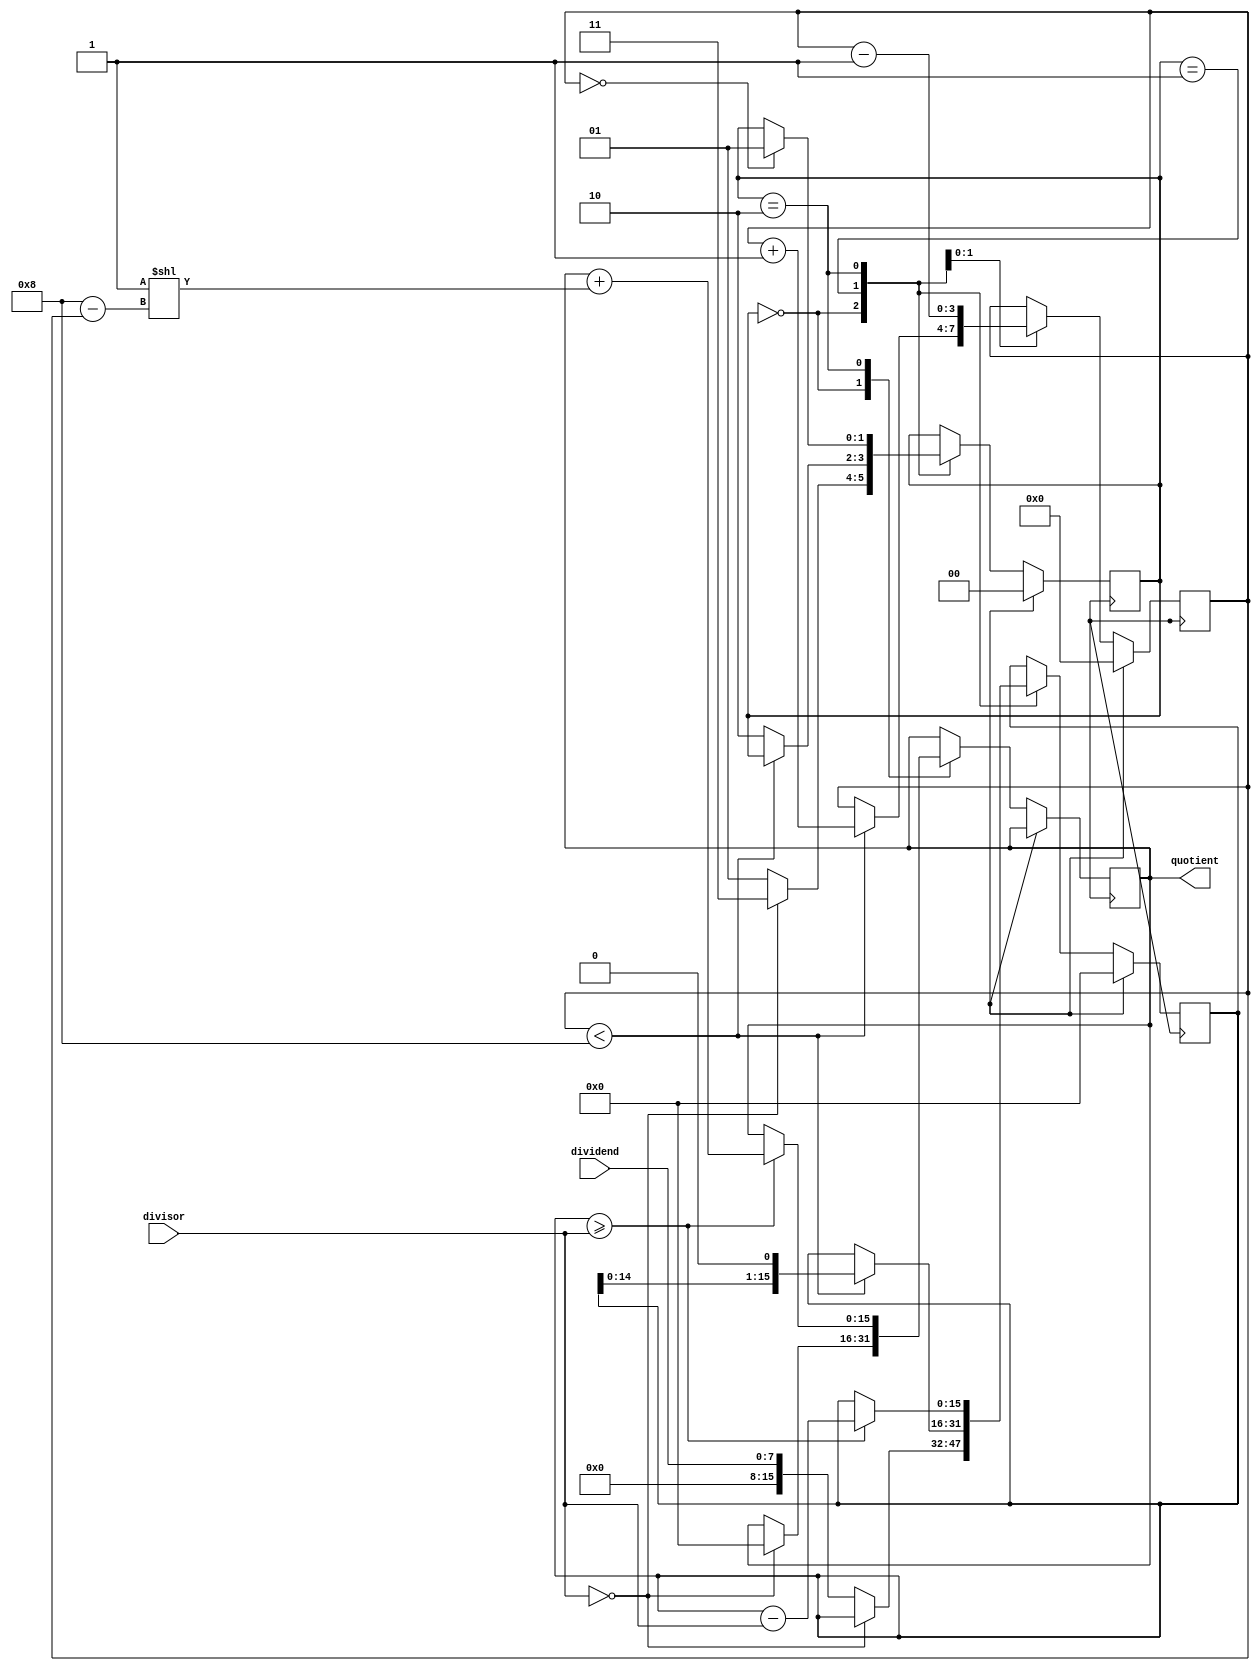
module fixed_point_divider (
    input [7:0] dividend,
    input [7:0] divisor,
    output reg [15:0] quotient
);

reg [15:0] accumulator;
reg [3:0] shift_counter;
reg [1:0] state;

always @ (posedge clk) begin
    if (reset) begin
        accumulator <= 16'b0;
        shift_counter <= 4'd0;
        state <= 2'd0;
    end else begin
        case (state)
            2'd0: begin
                if (divisor == 8'b0) begin
                    quotient <= 16'b0;
                    state <= 2'd3; // Division by zero
                end else begin
                    accumulator <= dividend;
                    state <= 2'd1;
                end
            end
            2'd1: begin
                if (shift_counter < 4'd8) begin
                    accumulator <= accumulator << 1;
                    shift_counter <= shift_counter + 1;
                end else begin
                    state <= 2'd2;
                end
            end
            2'd2: begin
                if (accumulator >= divisor) begin
                    accumulator <= accumulator - divisor;
                    quotient <= quotient + (1 << (4'd8 - shift_counter));
                end
                shift_counter <= shift_counter - 1;
                if (shift_counter == 4'd0) begin
                    state <= 2'd1;
                end
            end
            2'd3: begin
                // Handling division by zero
            end
        endcase

    end
end

endmodule